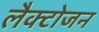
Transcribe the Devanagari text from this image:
लैक्टोजन